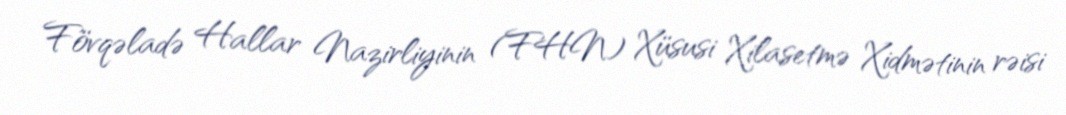
Fövqəladə Hallar Nazirliyinin (FHN) Xüsusi Xilasetmə Xidmətinin rəisi